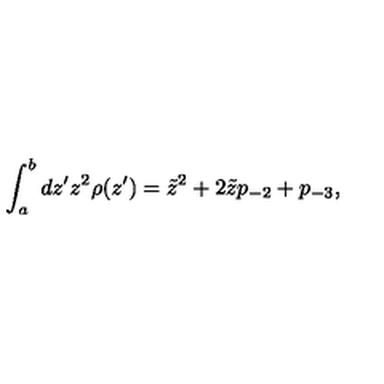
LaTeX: \int _ { a } ^ { b } d z ^ { \prime } z ^ { 2 } \rho ( z ^ { \prime } ) = \tilde { z } ^ { 2 } + 2 \tilde { z } p _ { - 2 } + p _ { - 3 } ,